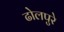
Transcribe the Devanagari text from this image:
ढोलपुरे